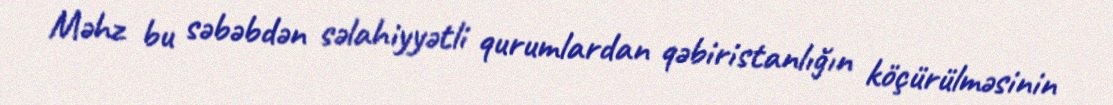
Məhz bu səbəbdən səlahiyyətli qurumlardan qəbiristanlığın köçürülməsinin